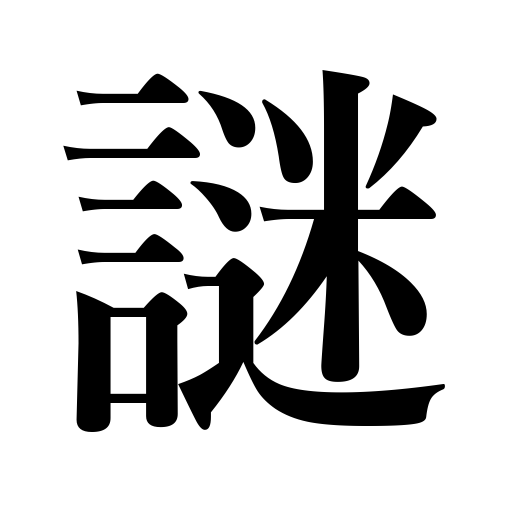
Meanings: enigma,hint,riddle,tip,puzzle